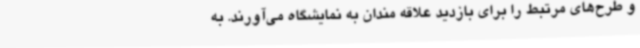
و طرح‌های مرتبط را برای بازدید علاقه مندان به نمایشگاه می‌آورند. به